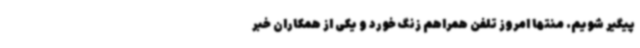
پیگیر شویم. منتها امروز تلفن‌ همراهم زنگ خورد و یکی از همکاران خبر